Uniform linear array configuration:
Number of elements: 4
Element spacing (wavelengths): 1
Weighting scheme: hamming
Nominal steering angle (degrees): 30
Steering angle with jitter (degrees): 31.925
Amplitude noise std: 0.05
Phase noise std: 0.05

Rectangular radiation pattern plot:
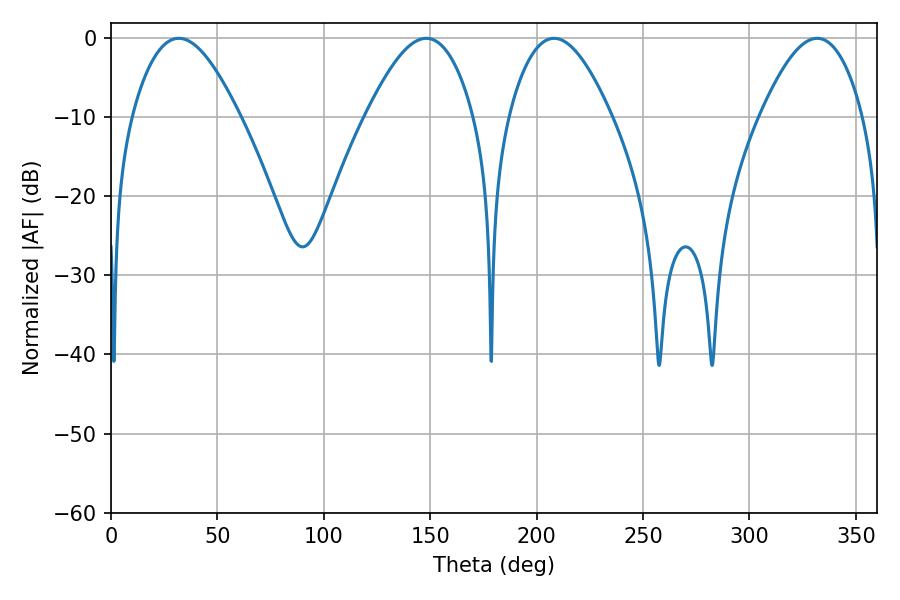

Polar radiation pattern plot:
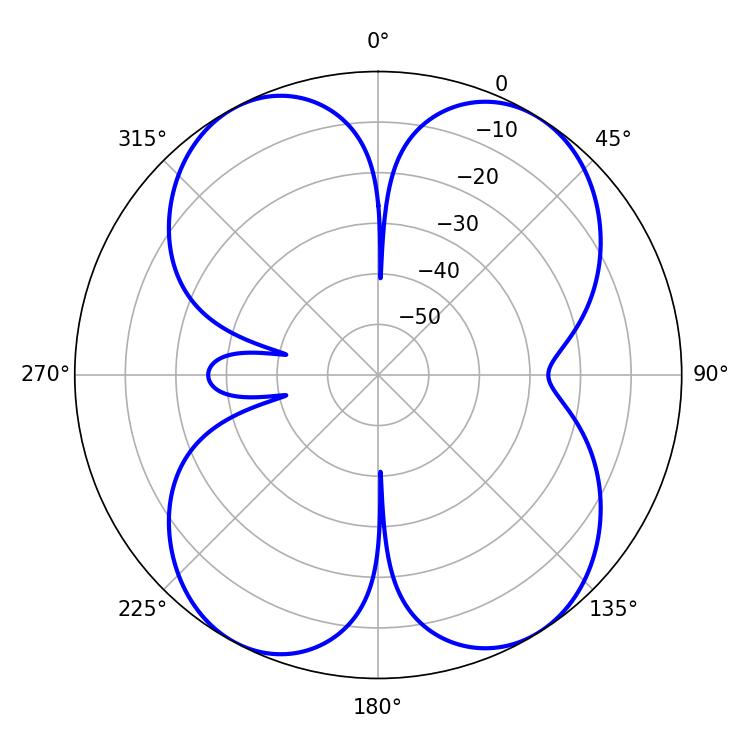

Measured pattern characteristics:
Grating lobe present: TRUE
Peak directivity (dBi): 13.789
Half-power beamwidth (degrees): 27.36
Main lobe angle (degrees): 31.86